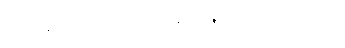
ကိုယ်ချင်းစာတရားရှိစေရန် ညွှန်ကြားသော ဂါထာ။